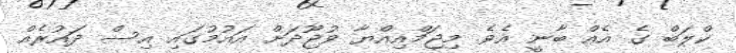
ކްލަބް ގެ އެއް ބާނީ އެވެ. މިޖަމްއިއްޔާ ވުޖޫދަށް އައުމުގައި އިސް ދައުރެއް